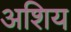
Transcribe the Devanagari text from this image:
अशिय